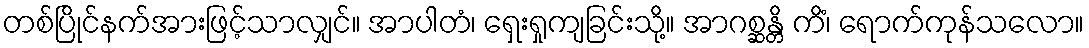
တစ်ပြိုင်နက်အားဖြင့်သာလျှင်။ အာပါတံ၊ ရှေးရှုကျခြင်းသို့။ အာဂစ္ဆန္တိ ကိံ၊ ရောက်ကုန်သလော။